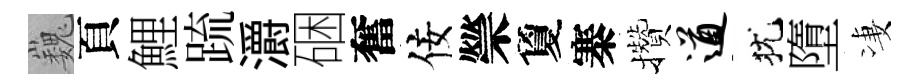
巍頁鯉䟽灂硱奮佞禜夐寨攢遒犹墮凄